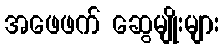
အဖေဖက် ဆွေမျိုးများ